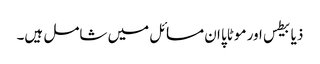
ذیابیطس اور موٹاپا ان مسائل میں شامل ہیں۔